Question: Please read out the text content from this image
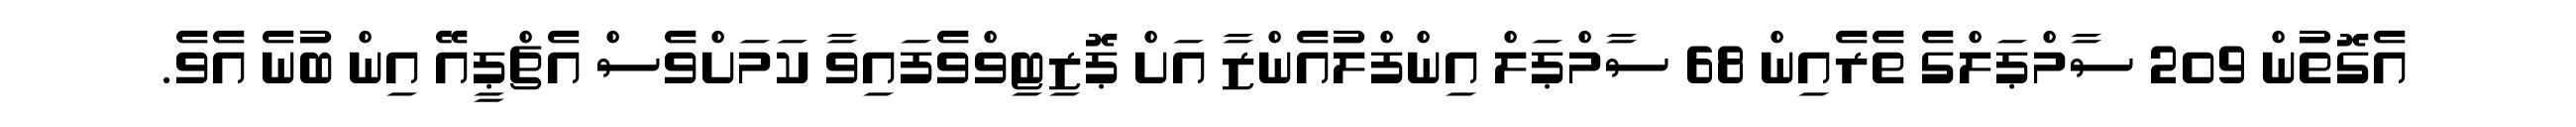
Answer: އެގޮތުން 209 ސާމްޕަލްގެ ތެރެއިން 68 ސާމްޕަލް އިންފްލުއެންޒާ އަށް ޕޮޒިޓިވްވެފައިވާ ކަމަށްވެސް އެޗްޕީއޭ އިން ބުނެ އެވެ.